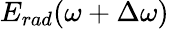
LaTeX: E_{rad}(\omega+\Delta\omega)